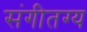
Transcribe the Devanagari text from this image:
संगीतग्य